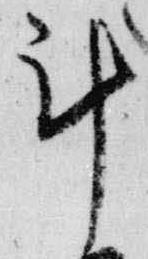
計